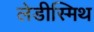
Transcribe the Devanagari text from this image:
लेडीस्मिथ